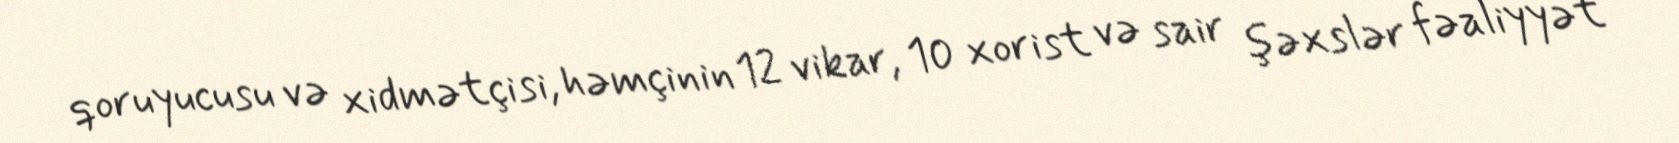
qoruyucusu və xidmətçisi, həmçinin 12 vikar, 10 xorist və sair şəxslər fəaliyyət